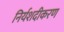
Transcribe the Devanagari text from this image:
निर्यशदीकरण